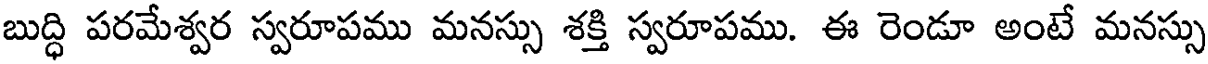
బుద్ధి పరమేశ్వర స్వరూపము మనస్సు శక్తి స్వరూపము. ఈ రెండూ అంటే మనస్సు